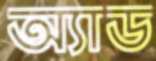
অ্যাড